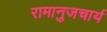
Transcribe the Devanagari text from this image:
रामानुजचार्य